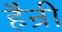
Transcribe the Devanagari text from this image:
हैन्री